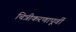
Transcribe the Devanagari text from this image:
चित्रीकरणापूर्वी